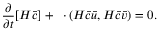
\frac { \partial } { \partial t } [ H \bar { c } ] + \mathbf { \nabla } \cdot ( H \bar { c } \bar { u } , H \bar { c } \bar { v } ) = 0 .